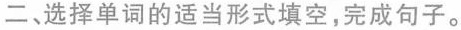
二、选择单词的适当形式填空,完成句子.